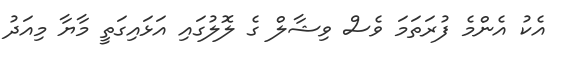
އެކު އެންމެ ފުރަތަމަ ވެސް ވިޝާލް ގެ ލޮލުގައި އަޅައިގަތީ މާޔާ މިއަދު